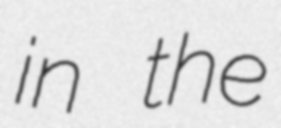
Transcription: in the